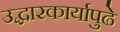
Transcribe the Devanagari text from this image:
उद्धारकार्यापुढे